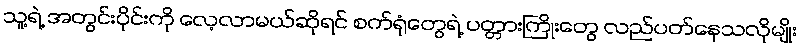
သူ့ရဲ့ အတွင်းပိုင်းကို လေ့လာမယ်ဆိုရင် စက်ရုံတွေရဲ့ ပတ္တားကြိုးတွေ လည်ပတ်နေသလိုမျိုး